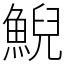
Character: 鯢